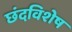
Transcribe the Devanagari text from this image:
छंदविशेष